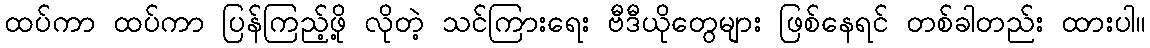
ထပ်ကာ ထပ်ကာ ပြန်ကြည့်ဖို့ လိုတဲ့ သင်ကြားရေး ဗီဒီယိုတွေများ ဖြစ်နေရင် တစ်ခါတည်း ထားပါ။